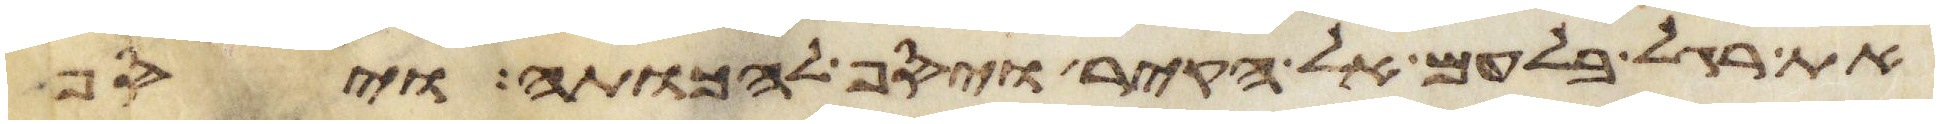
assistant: את רגל בלעם אל הקיר ויסף להכותה ויסף